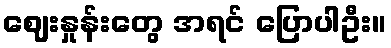
ဈေးနှုန်းတွေ အရင် ပြောပါဦး။